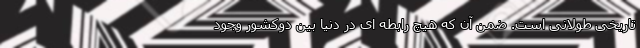
تاریخی طولانی است. ضمن آن که هیچ رابطه ای در دنیا بین دوکشور وجود